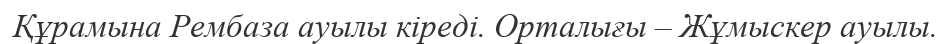
Құрамына Рембаза ауылы кіреді. Орталығы – Жұмыскер ауылы.